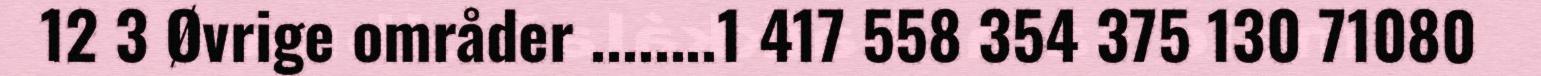
12 3 Øvrige områder ........1 417 558 354 375 130 71080